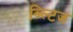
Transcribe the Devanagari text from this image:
ब्ल्टिज़